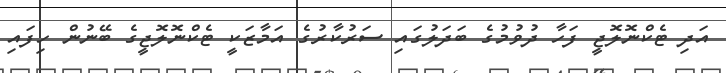
އަދި ޓެކްނޮލޮޖީ ފަހާ ދުވުމުގެ ބަދަލުގައި ސަރުކާރުގެ އަމާޒަކީ ޓެކްނޮލޮޖީގެ ބޭނުން ހިފައި